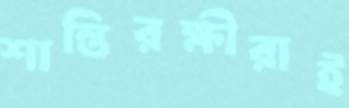
শান্তিরক্ষীরাই